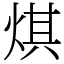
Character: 𤊄